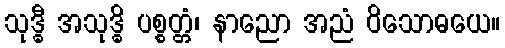
သုဒ္ဓီ အသုဒ္ဓိ ပစ္စတ္တံ၊ နာညော အညံ ဝိသောဓယေ။